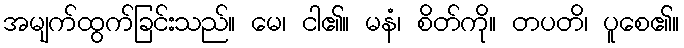
အမျက်ထွက်ခြင်းသည်။ မေ၊ ငါ၏။ မနံ၊ စိတ်ကို။ တပတိ၊ ပူစေ၏။